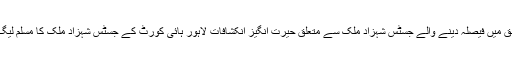
شریف خاندان اور مسلم لیگ ن کے حق میں فیصلہ دینے والے جسٹس شہزاد ملک سے متعلق حیرت انگیز انکشافات لاہور ہائی کورٹ کے جسٹس شہزاد ملک کا مسلم لیگ ن کے رہنماؤں سے کیا تعلقنکل آیا؟